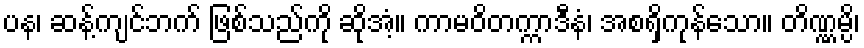
ပန၊ ဆန့်ကျင်ဘက် ဖြစ်သည်ကို ဆိုအံ့။ ကာမဝိတက္ကာဒီနံ၊ အစရှိကုန်သော။ တိဏ္ဏမ္ပိ၊